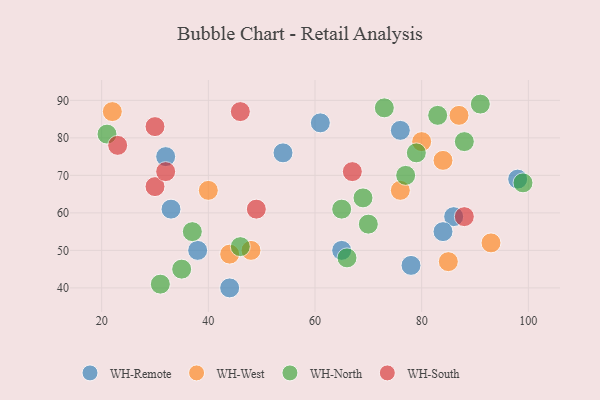
{"axis": {"x": "GDP", "y": "Life Expectancy"}, "legend": ["WH-North", "WH-Remote", "WH-South", "WH-West"], "data": [{"x": "78", "y": 46, "type": "WH-Remote"}, {"x": "76", "y": 82, "type": "WH-Remote"}, {"x": "86", "y": 59, "type": "WH-Remote"}, {"x": "98", "y": 69, "type": "WH-Remote"}, {"x": "65", "y": 50, "type": "WH-Remote"}, {"x": "44", "y": 40, "type": "WH-Remote"}, {"x": "32", "y": 75, "type": "WH-Remote"}, {"x": "33", "y": 61, "type": "WH-Remote"}, {"x": "84", "y": 55, "type": "WH-Remote"}, {"x": "38", "y": 50, "type": "WH-Remote"}, {"x": "54", "y": 76, "type": "WH-Remote"}, {"x": "61", "y": 84, "type": "WH-Remote"}, {"x": "22", "y": 87, "type": "WH-West"}, {"x": "40", "y": 66, "type": "WH-West"}, {"x": "80", "y": 79, "type": "WH-West"}, {"x": "44", "y": 49, "type": "WH-West"}, {"x": "85", "y": 47, "type": "WH-West"}, {"x": "84", "y": 74, "type": "WH-West"}, {"x": "87", "y": 86, "type": "WH-West"}, {"x": "93", "y": 52, "type": "WH-West"}, {"x": "76", "y": 66, "type": "WH-West"}, {"x": "48", "y": 50, "type": "WH-West"}, {"x": "69", "y": 64, "type": "WH-North"}, {"x": "99", "y": 68, "type": "WH-North"}, {"x": "31", "y": 41, "type": "WH-North"}, {"x": "79", "y": 76, "type": "WH-North"}, {"x": "21", "y": 81, "type": "WH-North"}, {"x": "88", "y": 79, "type": "WH-North"}, {"x": "83", "y": 86, "type": "WH-North"}, {"x": "70", "y": 57, "type": "WH-North"}, {"x": "77", "y": 70, "type": "WH-North"}, {"x": "37", "y": 55, "type": "WH-North"}, {"x": "65", "y": 61, "type": "WH-North"}, {"x": "35", "y": 45, "type": "WH-North"}, {"x": "46", "y": 51, "type": "WH-North"}, {"x": "73", "y": 88, "type": "WH-North"}, {"x": "91", "y": 89, "type": "WH-North"}, {"x": "66", "y": 48, "type": "WH-North"}, {"x": "46", "y": 87, "type": "WH-South"}, {"x": "23", "y": 78, "type": "WH-South"}, {"x": "30", "y": 67, "type": "WH-South"}, {"x": "67", "y": 71, "type": "WH-South"}, {"x": "30", "y": 83, "type": "WH-South"}, {"x": "49", "y": 61, "type": "WH-South"}, {"x": "32", "y": 71, "type": "WH-South"}, {"x": "88", "y": 59, "type": "WH-South"}]}